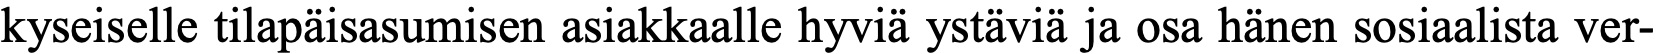
kyseiselle tilapäisasumisen asiakkaalle hyviä ystäviä ja osa hänen sosiaalista ver-